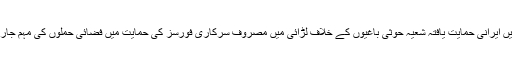
سعودی عرب یمن میں ایرانی حمایت یافتہ شعیہ حوثی باغیوں کے خلاف لڑائی میں مصروف سرکاری فورسز کی حمایت میں فضائی حملوں کی مہم جاری رکھے ہوئے ہے۔